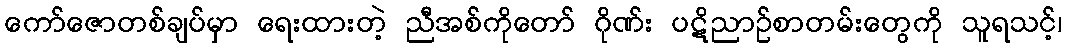
ကော်ဇောတစ်ချပ်မှာ ရေးထားတဲ့ ညီအစ်ကိုတော် ဂိုဏ်း ပဋိညာဉ်စာတမ်းတွေကို သူရသင့်၊